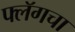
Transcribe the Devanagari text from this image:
फ्लॅगचा